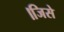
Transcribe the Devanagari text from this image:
।जिसे